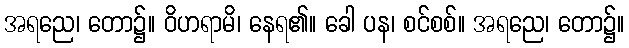
အရညေ၊ တော၌။ ဝိဟရာမိ၊ နေရ၏။ ခေါ ပန၊ စင်စစ်။ အရညေ၊ တော၌။